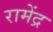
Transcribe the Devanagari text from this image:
रामेंद्र